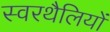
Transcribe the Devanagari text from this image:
स्वरथैलियों